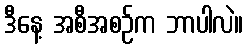
ဒီနေ့ အစီအစဉ်က ဘာပါလဲ။